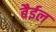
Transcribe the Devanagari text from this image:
बैईल